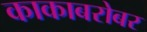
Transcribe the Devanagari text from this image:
काकाबरोबर